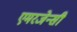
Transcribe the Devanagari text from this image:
एमरजेन्सी